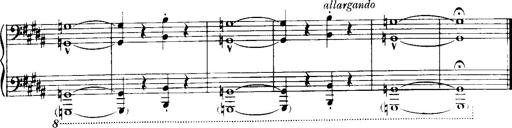
Title: Historische ungarische Bildnisse
Composer: Franz Liszt